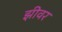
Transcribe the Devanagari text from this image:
झीवर